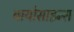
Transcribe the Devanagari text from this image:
बायोसाइन्स